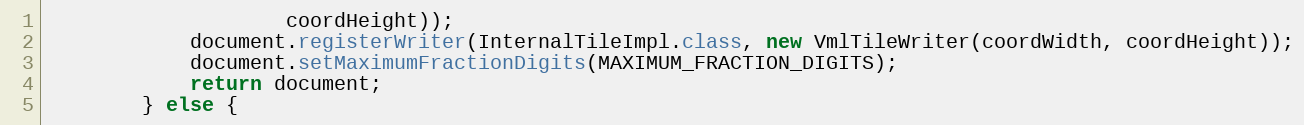
Language: Java
					coordHeight));
			document.registerWriter(InternalTileImpl.class, new VmlTileWriter(coordWidth, coordHeight));
			document.setMaximumFractionDigits(MAXIMUM_FRACTION_DIGITS);
			return document;
		} else {